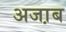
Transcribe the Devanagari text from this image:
अजा़ब